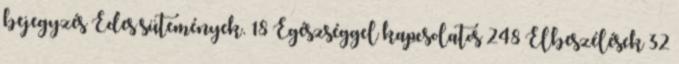
bejegyzés Édes sütemények. 18 Egészséggel kapcsolatos 248 Elbeszélések 32